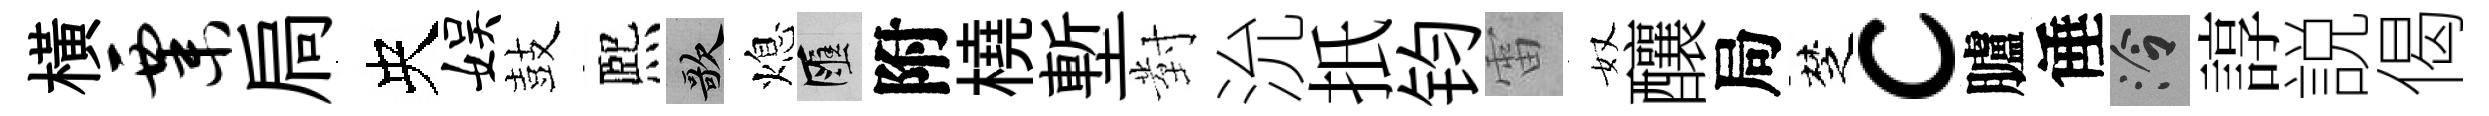
橫粟扃央娱鼓熈歌熄匯附橈塹對沇扺钧雷奴釀局椘c臚倕泠諄説偈